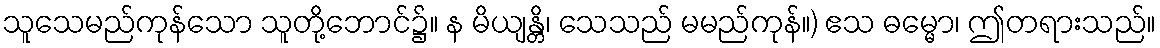
သူသေမည်ကုန်သော သူတို့ဘောင်၌။ န မိယျန္တိ၊ သေသည် မမည်ကုန်။) ဧသ ဓမ္မော၊ ဤတရားသည်။